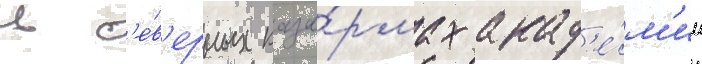
в с'е́в'ерных каза́рмах акад'е́м'ии